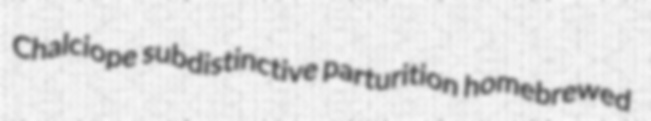
Chalciope subdistinctive parturition homebrewed